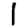
Digit: 1